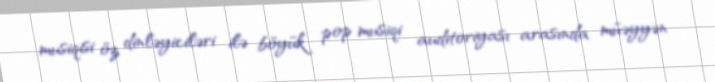
musiqisi öz dinləyiciləri ilə böyük pop musiqi auditoriyası arasında müəyyən